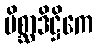
မိစ္ဆာဒိဋ္ဌိကေ